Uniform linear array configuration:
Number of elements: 24
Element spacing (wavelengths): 1
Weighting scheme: hann
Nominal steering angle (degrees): -30
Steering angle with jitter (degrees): -28.269
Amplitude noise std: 0.05
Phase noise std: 0.05

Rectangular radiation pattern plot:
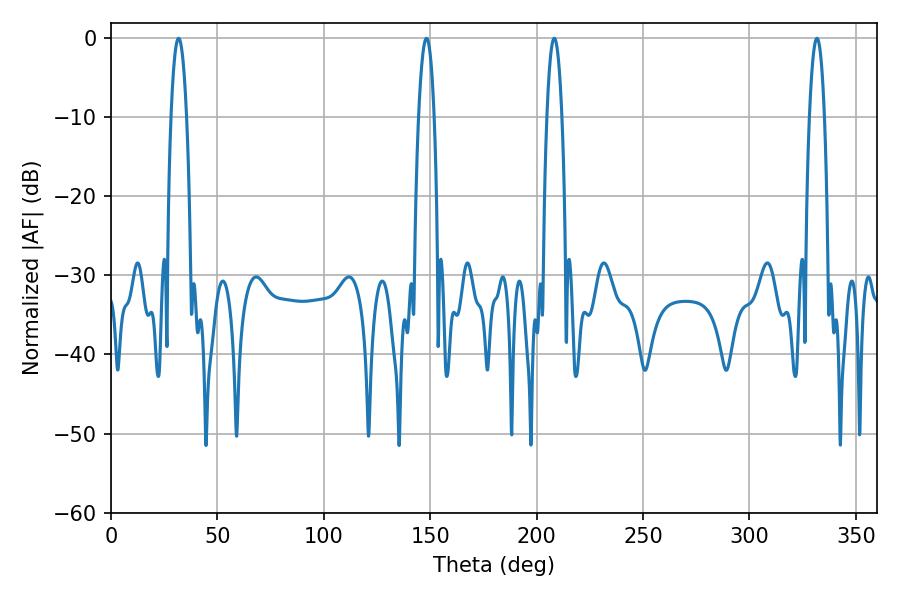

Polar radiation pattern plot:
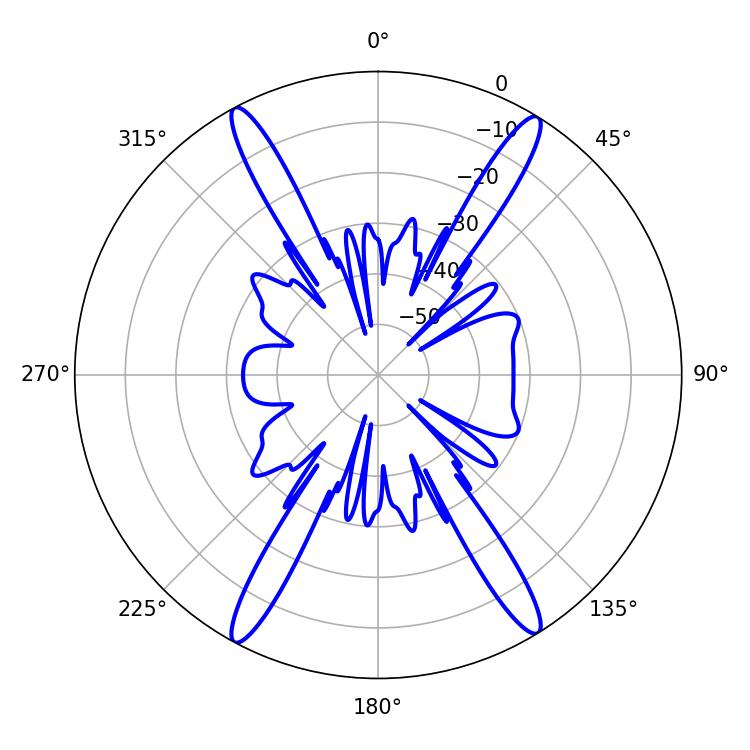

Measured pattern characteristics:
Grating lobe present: TRUE
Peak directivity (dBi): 22.719
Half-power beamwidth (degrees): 3.96
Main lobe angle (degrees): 208.26